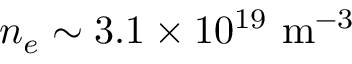
n _ { e } \sim 3 . 1 \times 1 0 ^ { 1 9 } ~ \mathrm { m ^ { - 3 } }